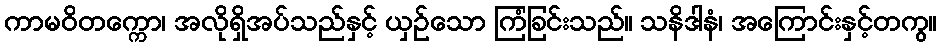
ကာမဝိတက္ကော၊ အလိုရှိအပ်သည်နှင့် ယှဉ်သော ကြံခြင်းသည်။ သနိဒါနံ၊ အကြောင်းနှင့်တကွ။